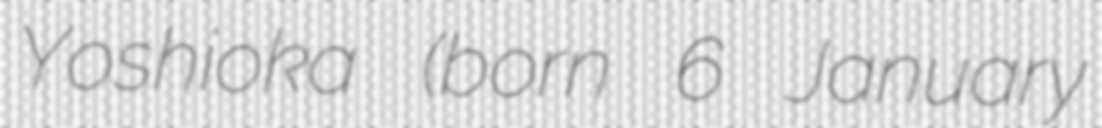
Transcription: Yoshioka (born 6 January